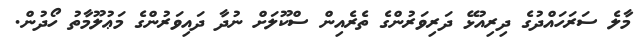
މާލެ ސަރަހައްދުގެ ދިރިއުޅޭ ދަރިވަރުންގެ ތެރެއިން ސްކޫލަށް ނުދާ ދައިވަރުންގެ މަޢުލޫމާތު ހޯދުން.